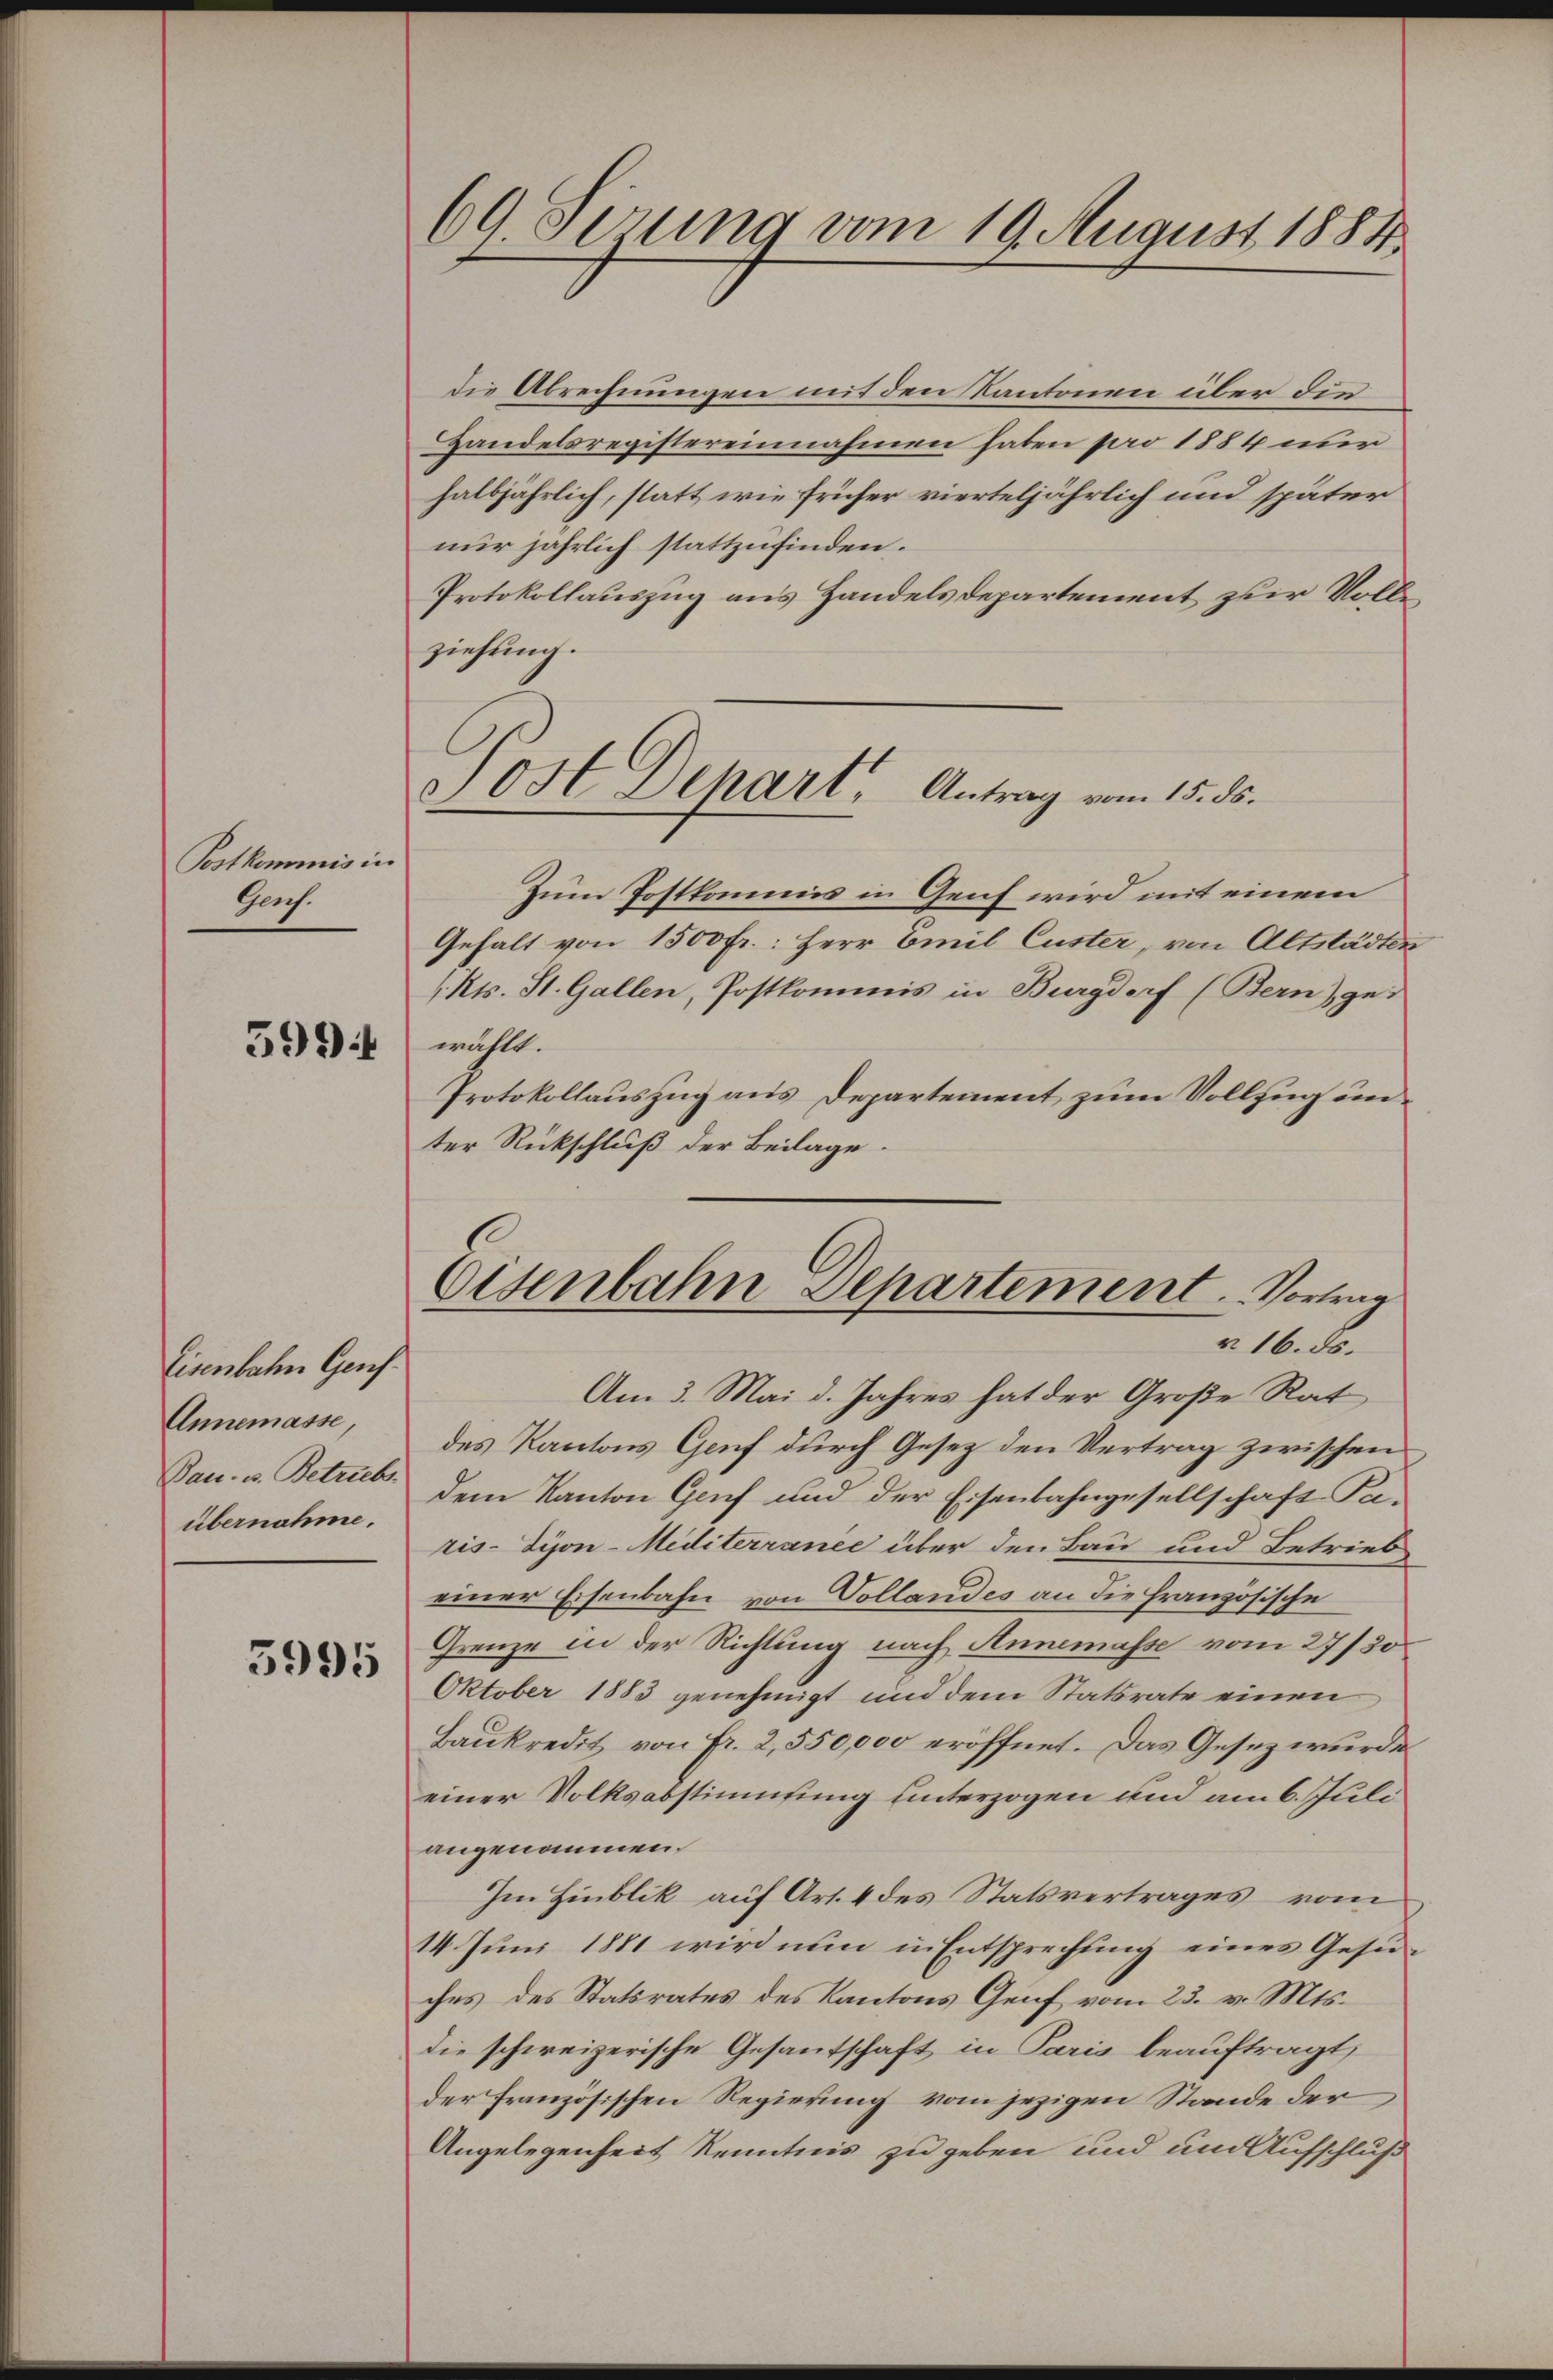
Postkommis in
Gach.

599 f

Eisenbahn Genf.
Annemasse,
Dan. u. Betriebs
übernahme.

5995

69. Serung vom 19. August 1884.

die Abrechnungen mit den Kantonen über die
Handelsregistereinnahmen haben pro 1884 nur
halbjährlich, statt wie früher vierteljährlich und später
nur jährlich stattzufinden.
Protokollauszug aus Handelsdepartement zur Volleziehung.

Post Dehart, Antrag vom 15. ds.
.

Eisenbahn Departement. Vortrag
r 16. ds.

Zum Postkommis in Genf wird mit einem
Gehalt von 1500 fr.: Herr Emil Custer, von Altstädten
(Kts. St. Gallen, Postkommnis in Burgdorf (Bern), gewählt.
Protokollauszug aus Departement zum Vollzug un
ter Rückschluß der Beilage.
Am 3. Mai d. Jahres hat der Große Rat
des Kantons Genf durch Gesez den Vertrag zwischen
dem Kanton Genf und der Eisenbahngesellschaft Pa-
ris-Syon-Mediterrance über den Bau und Betrieb
einer Eisenbahn von Vollandes an die Französische
Grenze in der Richtung nach Annemasse vom 27/30
Oktober 1883 genehmigt und dem Statsrate einen
Baukredit von Fr. 2,550,000 eröffnet. Das Gesez wurde
einer Volksabstimmung unterzogen und am 6. Juli
angenommen.
Im Hinblik auf Art. 4 des Statsvertrages vom
14. Juni 1881 wird nun in Entsprechung eines Gesuches des Statsrates des Kantons Genf vom 23. v. Mts.
die schweizerische Gesandschaft in Paris beauftragt,
der französischen Regierung vom jezigen Stande der
Angelegenheit Kenntnis zu geben und und Aufschluß